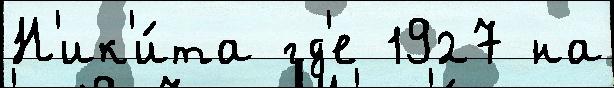
Н'ик'и́та гд'е 1927 на